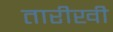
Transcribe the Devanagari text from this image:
तारीखी